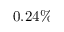
0 . 2 4 \%